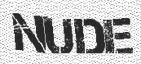
NUDE